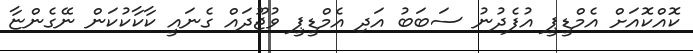
ކޮއްކޮއަށް އެމްޑީޕީ އުފެދުނު ސަބަބު އަދި އެމްޑީޕީ ވުޖޫދައް ގެނައީ ކާކާކުކަން ނޭގެންޏާ